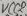
Text: VCC2